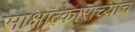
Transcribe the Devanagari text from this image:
साक्षात्काराच्याच